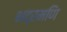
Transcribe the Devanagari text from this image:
भद्रमणि